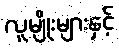
လူမျိုးများနှင့်